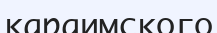
караимского